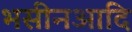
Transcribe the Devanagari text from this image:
भसीनआदि